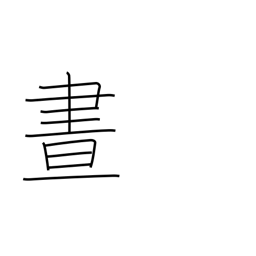
Meaning: daylight